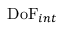
\mathrm { D o F } _ { i n t }